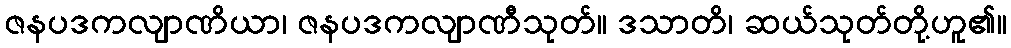
ဇနပဒကလျာဏိယာ၊ ဇနပဒကလျာဏီသုတ်။ ဒသာတိ၊ ဆယ်သုတ်တို့ဟူ၏။